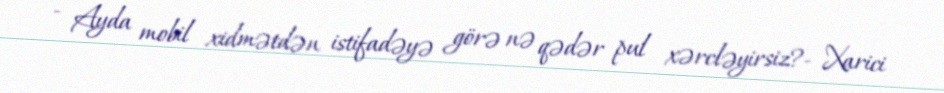
- Ayda mobil xidmətdən istifadəyə görə nə qədər pul xərcləyirsiz?- Xarici